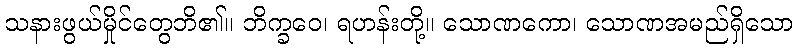
သနားဖွယ်မှိုင်တွေဘိ၏။ ဘိက္ခဝေ၊ ရဟန်းတို့။ သောဏကော၊ သောဏအမည်ရှိသော